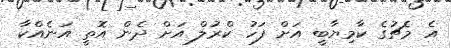
އެ މެޗުގެ ކާމިޔާބީ އަށް ފަހު ކްރުލް އަށް ދެން އޮތީ އަނެއްކާ